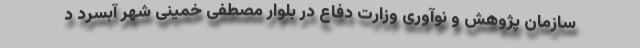
سازمان پژوهش و نوآوری وزارت دفاع در بلوار مصطفی خمینی شهر آبسرد د